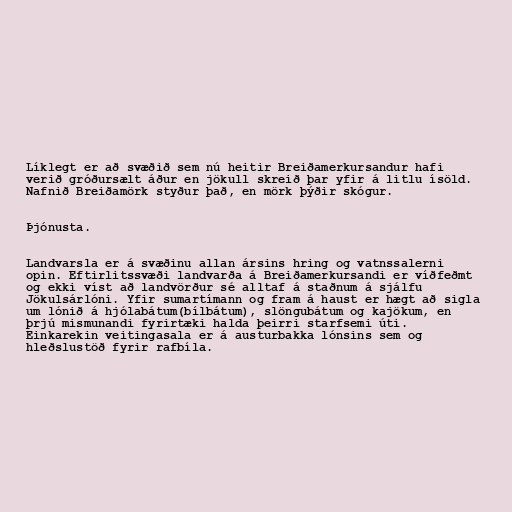
Líklegt er að svæðið sem nú heitir Breiðamerkursandur hafi
verið gróðursælt áður en jökull skreið þar yfir á litlu ísöld.
Nafnið Breiðamörk styður það, en mörk þýðir skógur.

Þjónusta.

Landvarsla er á svæðinu allan ársins hring og vatnssalerni
opin. Eftirlitssvæði landvarða á Breiðamerkursandi er víðfeðmt
og ekki víst að landvörður sé alltaf á staðnum á sjálfu
Jökulsárlóni. Yfir sumartímann og fram á haust er hægt að sigla
um lónið á hjólabátum(bílbátum), slöngubátum og kajökum, en
þrjú mismunandi fyrirtæki halda þeirri starfsemi úti.
Einkarekin veitingasala er á austurbakka lónsins sem og
hleðslustöð fyrir rafbíla.